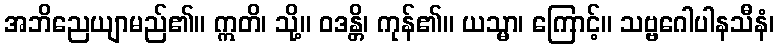
အဘိညေယျာမည်၏။ ဣတိ၊ သို့။ ဝဒန္တိ၊ ကုန်၏။ ယသ္မာ၊ ကြောင့်။ သဗ္ဗဂေါပါနသီနံ၊